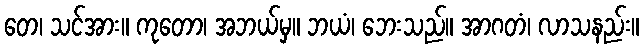
တေ၊ သင်အား။ ကုတော၊ အဘယ်မှ။ ဘယံ၊ ဘေးသည်။ အာဂတံ၊ လာသနည်း။